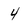
Character: 4